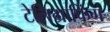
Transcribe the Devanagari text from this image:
टेलिग्राफिंग